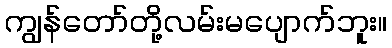
ကျွန်တော်တို့လမ်းမပျောက်ဘူး။